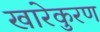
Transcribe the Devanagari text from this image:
खारेकुरण